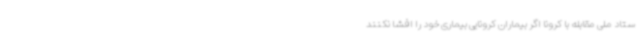
ستاد ملی مقابله با کرونا اگر بیماران کرونایی بیماری خود را افشا نکنند